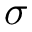
\sigma